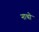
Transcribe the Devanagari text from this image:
नाथो